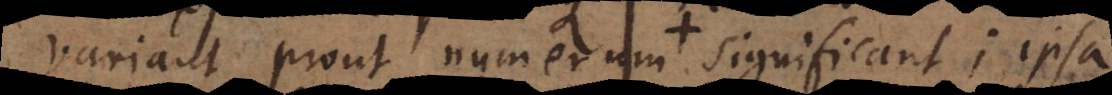
variant prout numerum significant; ipsa